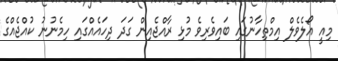
މިއީ އޯލެވެލް އިމްތިހާނުގައި ބައިވެރިވެ މުޅި ރާއްޖެއިން ގަދަ ދިހައެއްގައި ހިމެނުނު ކުއްޖެއްގެ